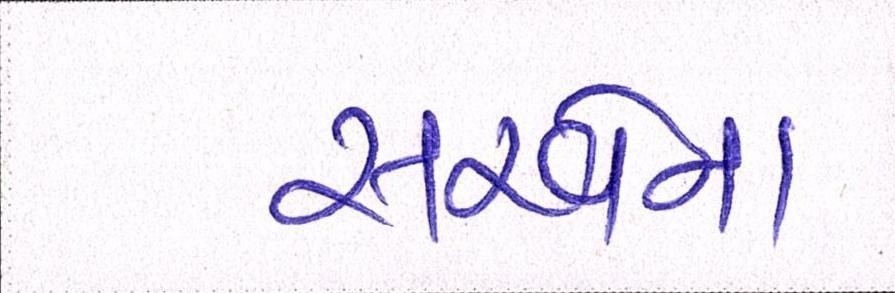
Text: સરવેના